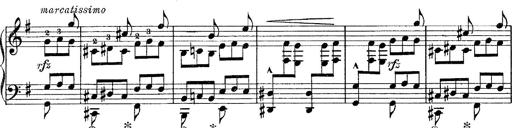
Title: Tarantelle di bravura dâ€™aprÃ¨s la tarantelle de La muette de Portici
Composer: Franz Liszt